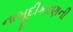
નાબૂદીકરણની